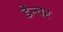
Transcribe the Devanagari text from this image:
डेन्चर